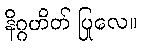
နိဂ္ဂဟိတ် ပြုလေ။